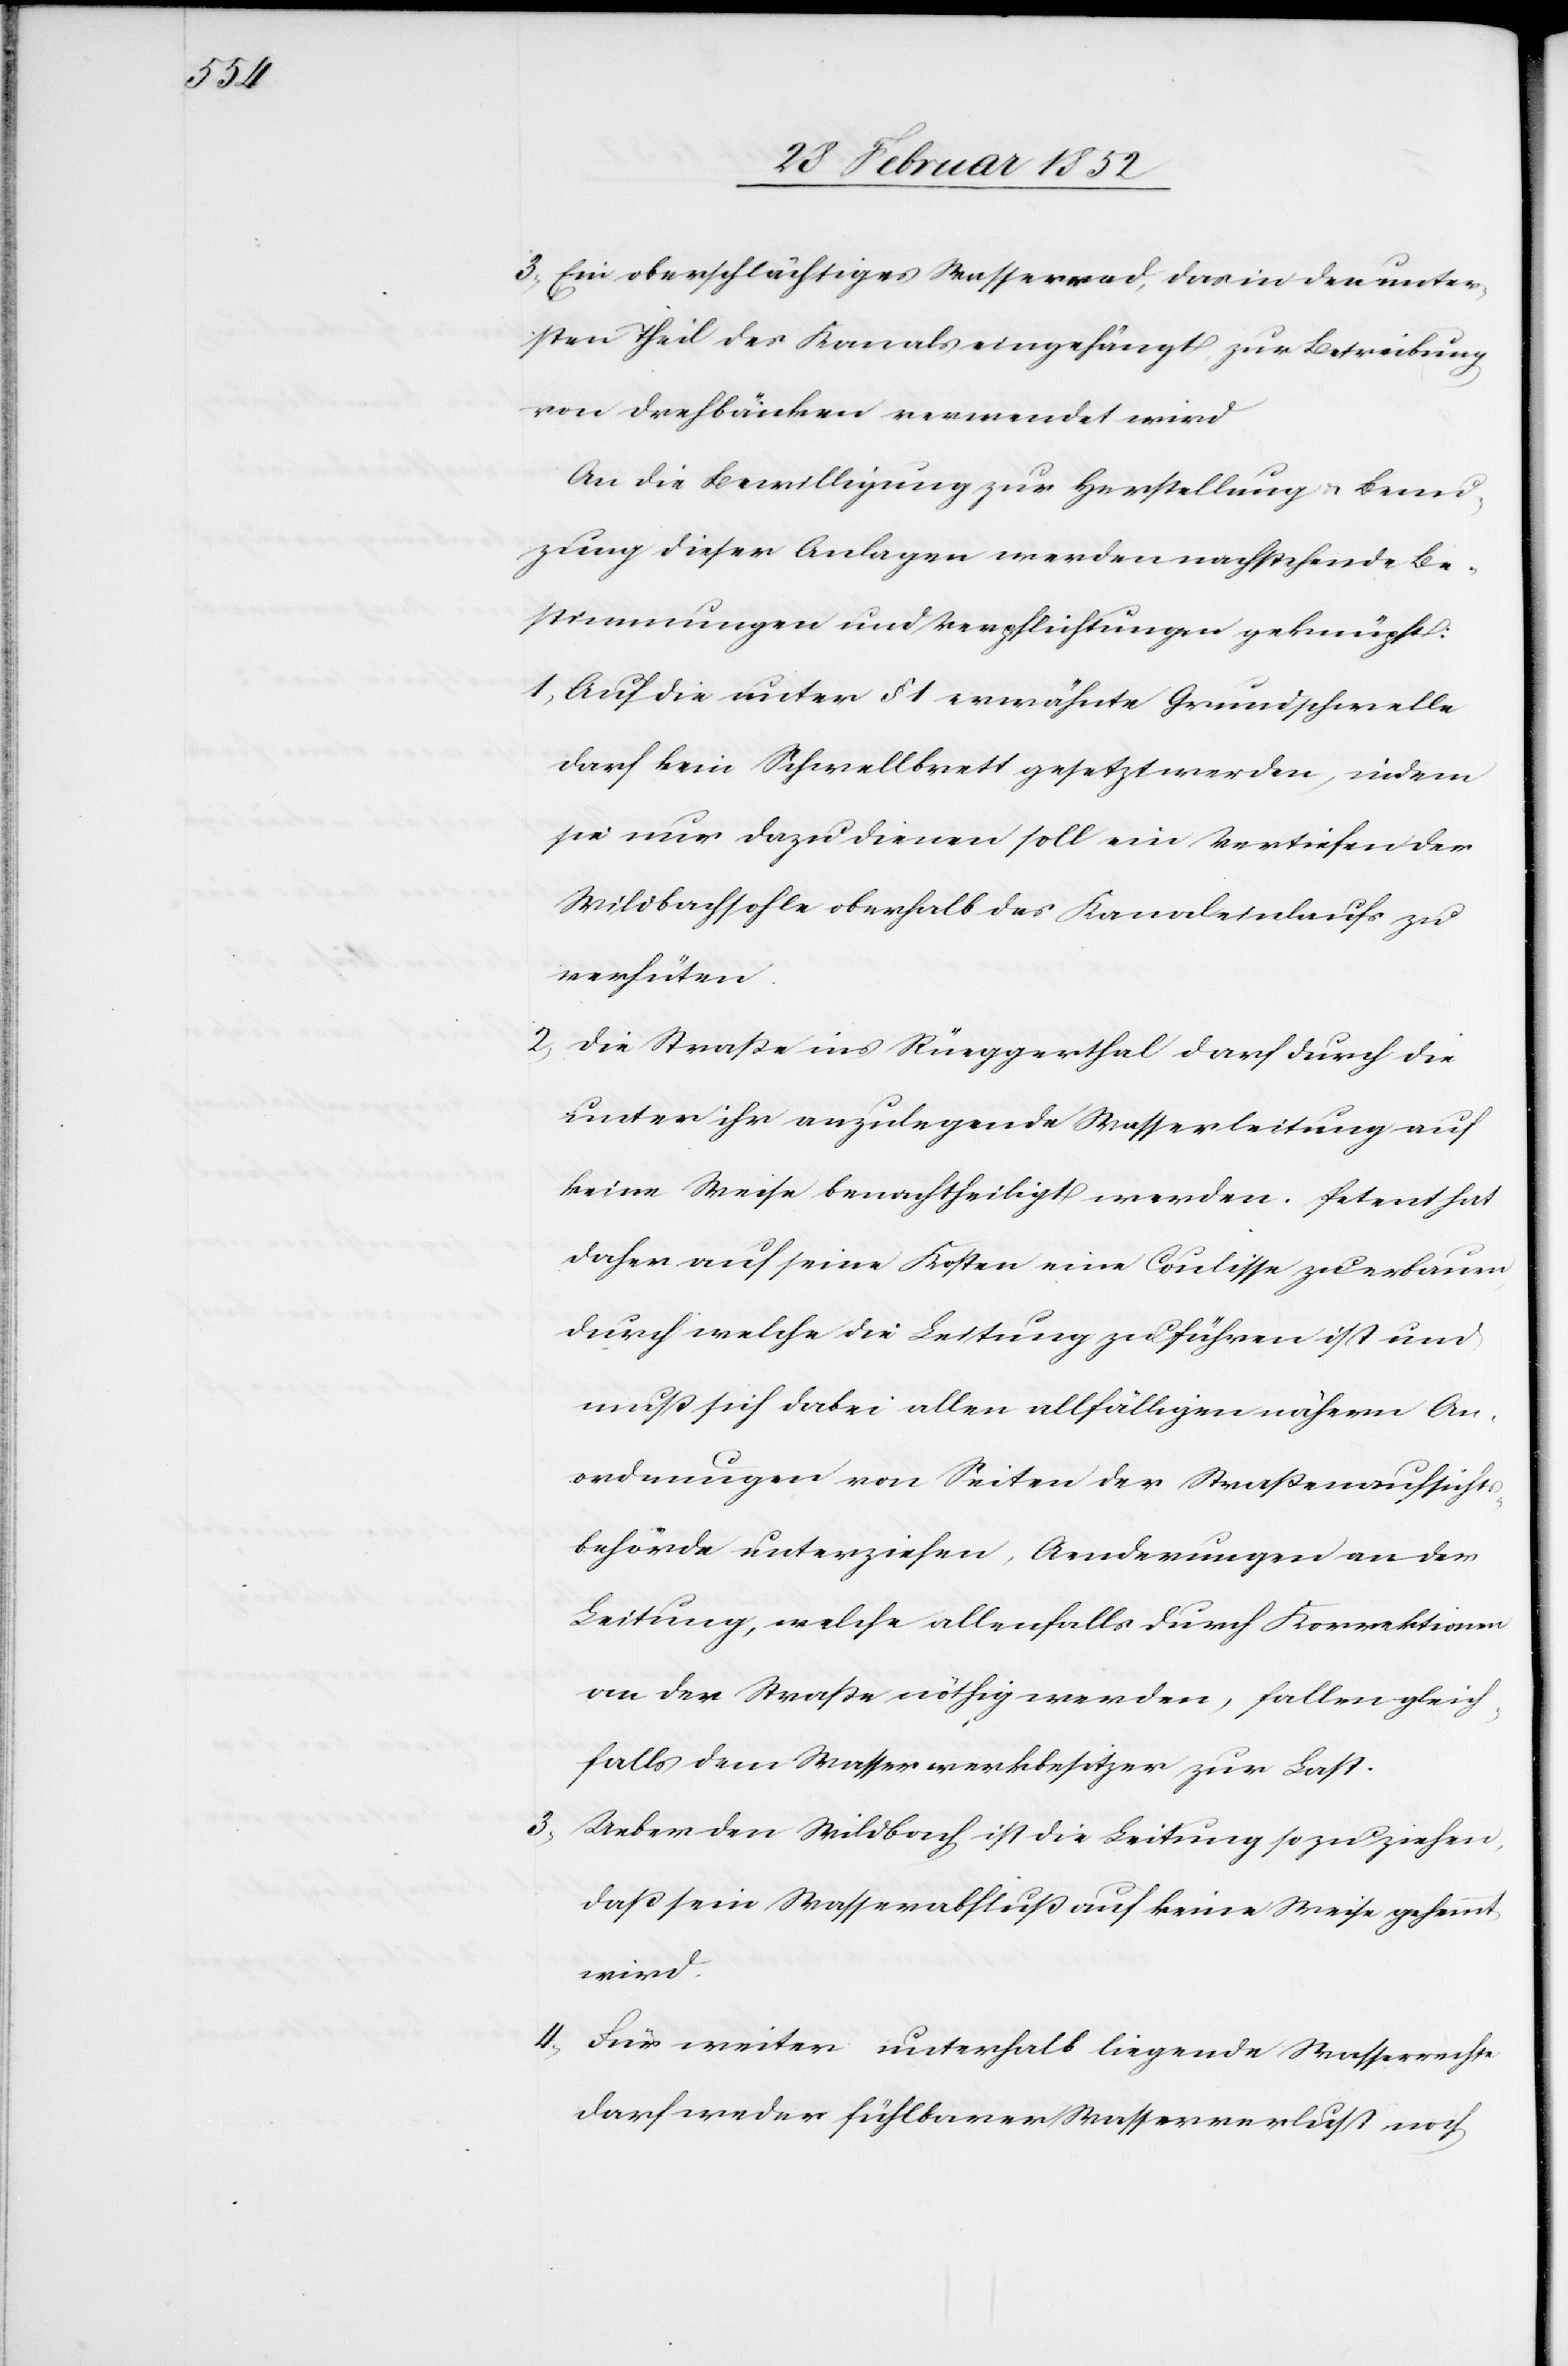
3.) Ein oberschlächtiges Wasserrad, das in den unter¬
sten Theil des Kanals eingehängt, zur Betreibung
von Drehbänken verwendet wird.
An die Bewilligung zur Herstellung u. Benu¬
zung dieser Anlagen werden nachstehende Be¬
stimmungen und Verpflichtungen geknüpft:
1) Auf die unter § 1 erwähnte Grundschwelle
darf kein Schwellbrett gesetzt werden, indem
sie nur dazu dienen soll ein Vertiefen der
Wildbachsohle oberhalb des Kanaleinlaufs zu
verhüten.
2) Die Straße ins Rüeggerthal darf durch die
unter ihr anzulegende Wasserleitung auf
keine Weise benachtheiligt werden. Petent hat
daher auf seine Kosten eine Coulisse zu erbauen
durch welche die Leitung zu führen ist und
muß sich dabei allen allfälligen nähern An¬
ordnungen von Seiten der Straßenaufsicht¬
sbehörde unterziehen, Aenderungen an der
Leitung, welche allenfalls durch Korrektionen
an der Straße nöthig werden, fallen gleich¬
falls dem Wasserwerkbesitzer zur Last.
3) Ueber den Wildbach ist die Leitung so zu ziehen,
daß sein Wasserabfluß auf keine Weise gehemmt
wird.
4) Für weiter unterhalb liegende Wasserrechte
darf weder fühlbarer Wasserverlust noch